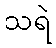
သရဲ